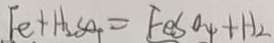
F e + H _ { 2 } S O _ { 4 } = F e S O _ { 4 } + H _ { 2 }